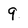
Character: 9